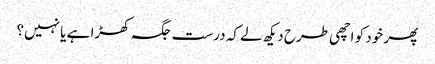
پھر خود کو اچھی طرح دیکھ لے کہ درست جگہ کھڑا ہے یا نہیں؟